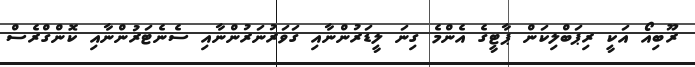
ރޫބިއޯ އަކީ ރިޕަބްލިކަން ޕާޓީގެ އެންމެ ގިނަ ލީޑަރުންނާއި ގަވަރުނަރުންނާއި ސެނެޓަރުންނާއި ކޮންގްރެސް